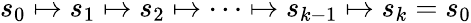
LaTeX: s_{0}\mapsto s_{1}\mapsto s_{2}\mapsto\cdots\mapsto s_{k-1}\mapsto s_{k}=s_{0}